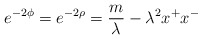
\begin{align*}e^{-2\phi} = e^{-2\rho} = \frac{m}{\lambda} - \lambda^{2}x^{+}x^{-}\end{align*}